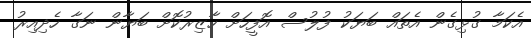
އެކަމާ ގުޅިގެން އެތައް ބަޔަކު ފުލުސް އޮފީހަށް ހާޒިރުކޮށް ބަޔާން ނަގާ ހެދިއިރު